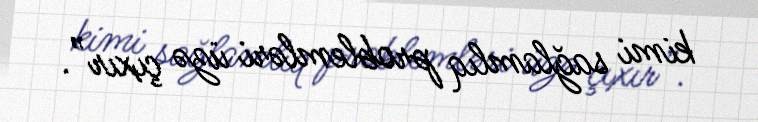
kimi sağlamlıq problemləri üzə çıxır”.